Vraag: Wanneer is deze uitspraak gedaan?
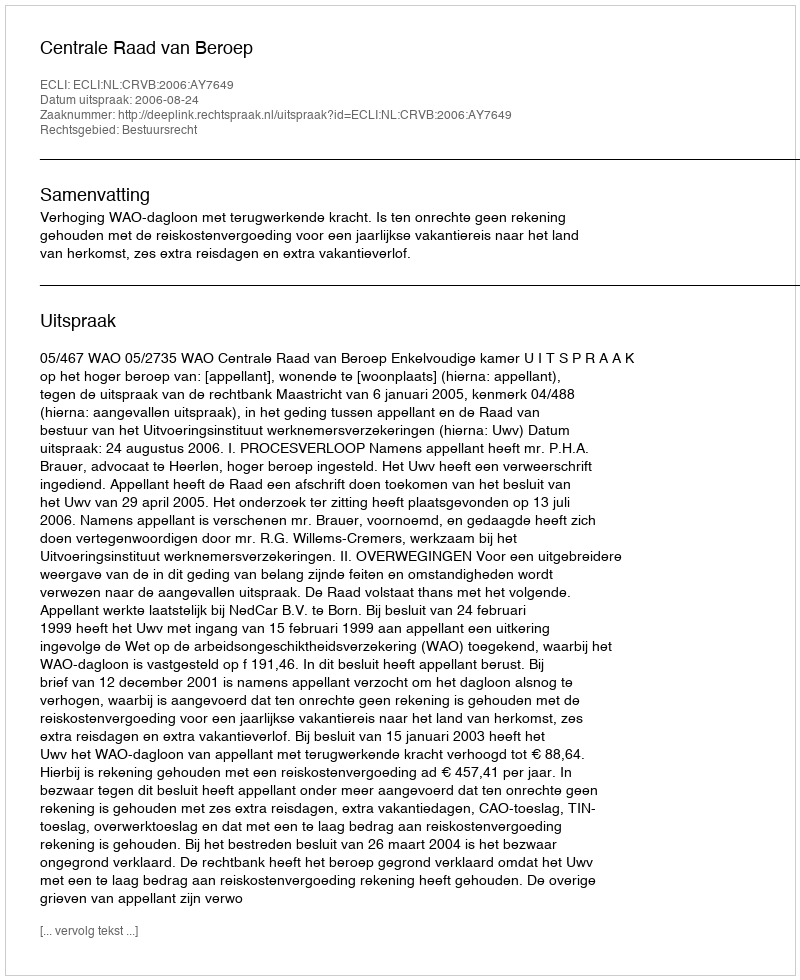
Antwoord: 2006-08-24